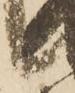
候